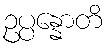
ဥပ္ပန္နောတိ